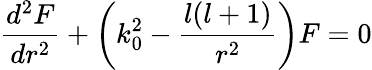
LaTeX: \frac{d^{2}F}{dr^{2}}+\left(k_{0}^{2}-\frac{l(l+1)}{r^{2}}\right)F=0